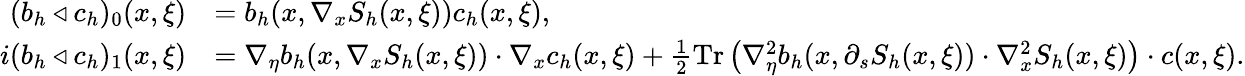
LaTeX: \begin{array}{rl}{(b_{h}\triangleleft c_{h})_{0}(x,\xi)}&{=b_{h}(x,\nabla_{x}S_{h}(x,\xi))c_{h}(x,\xi),}\\ {i(b_{h}\triangleleft c_{h})_{1}(x,\xi)}&{=\nabla_{\eta}b_{h}(x,\nabla_{x}S_{h}(x,\xi))\cdot\nabla_{x}c_{h}(x,\xi)+\frac{1}{2}\mathrm{Tr}\left(\nabla_{\eta}^{2}b_{h}(x,\partial_{s}S_{h}(x,\xi))\cdot\nabla_{x}^{2}S_{h}(x,\xi)\right)\cdot c(x,\xi).}\end{array}